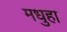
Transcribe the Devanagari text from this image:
मधुहा